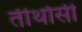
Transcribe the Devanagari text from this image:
तीर्थासी